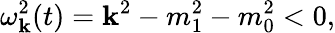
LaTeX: \omega_{\mathbf k}^{2}(t)={\mathbf k}^{2}-m_{1}^{2}-m_{0}^{2}<0,